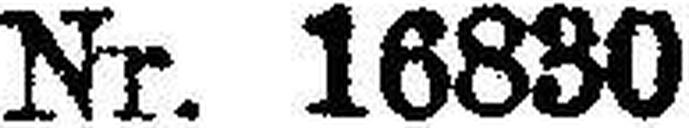
Nr. 16830